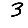
Digit: 3